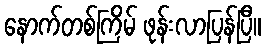
နောက်တစ်ကြိမ် ဖုန်းလာပြန်ပြီ။